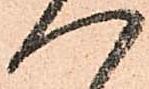
一